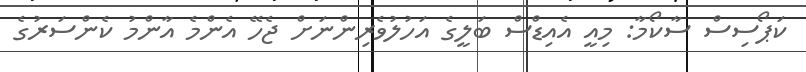
ކަޕޯސިސް ސާކޯމާ: މިއީ އެއިޑްސް ބަލީގެ އަހުލުވެރިންނަށް ޖެހޭ އެންމެ އާންމު ކެންސަރުގެ